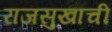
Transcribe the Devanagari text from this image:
राजसुखाची